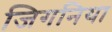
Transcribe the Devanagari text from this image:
जिगनिया